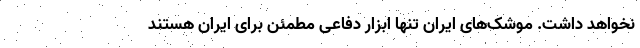
نخواهد داشت. موشک‌های ایران تنها ابزار دفاعی مطمئن برای ایران هستند